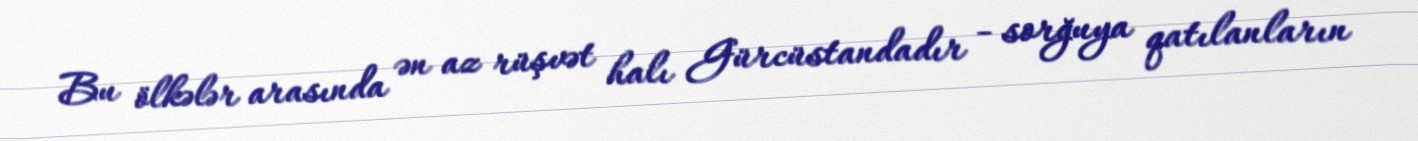
Bu ölkələr arasında ən az rüşvət halı Gürcüstandadır - sorğuya qatılanların